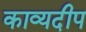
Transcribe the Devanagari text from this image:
काव्यदीप